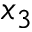
x _ { 3 }